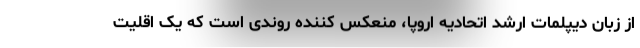
از زبان دیپلمات ارشد اتحادیه اروپا، منعکس کننده روندی است که یک اقلیت